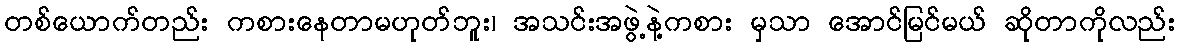
တစ်ယောက်တည်း ကစားနေတာမဟုတ်ဘူး၊ အသင်းအဖွဲ့နဲ့ကစား မှသာ အောင်မြင်မယ် ဆိုတာကိုလည်း